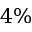
4 \%